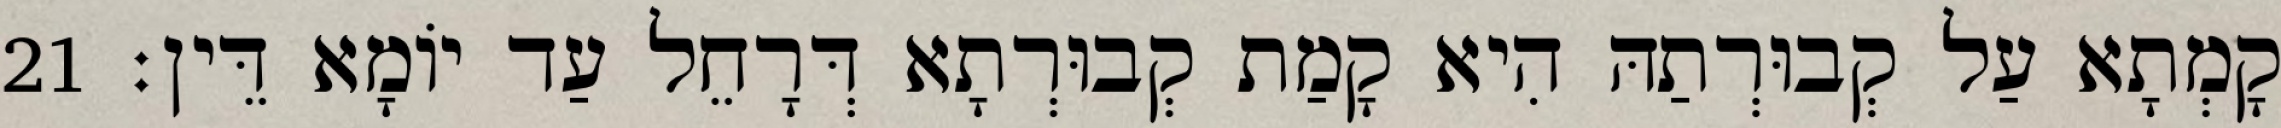
קָמְתָא עַל קְבוּרְתַהּ הִיא קָמַת קְבוּרְתָא דְּרָחֵל עַד יוֹמָא דֵּין׃ 21